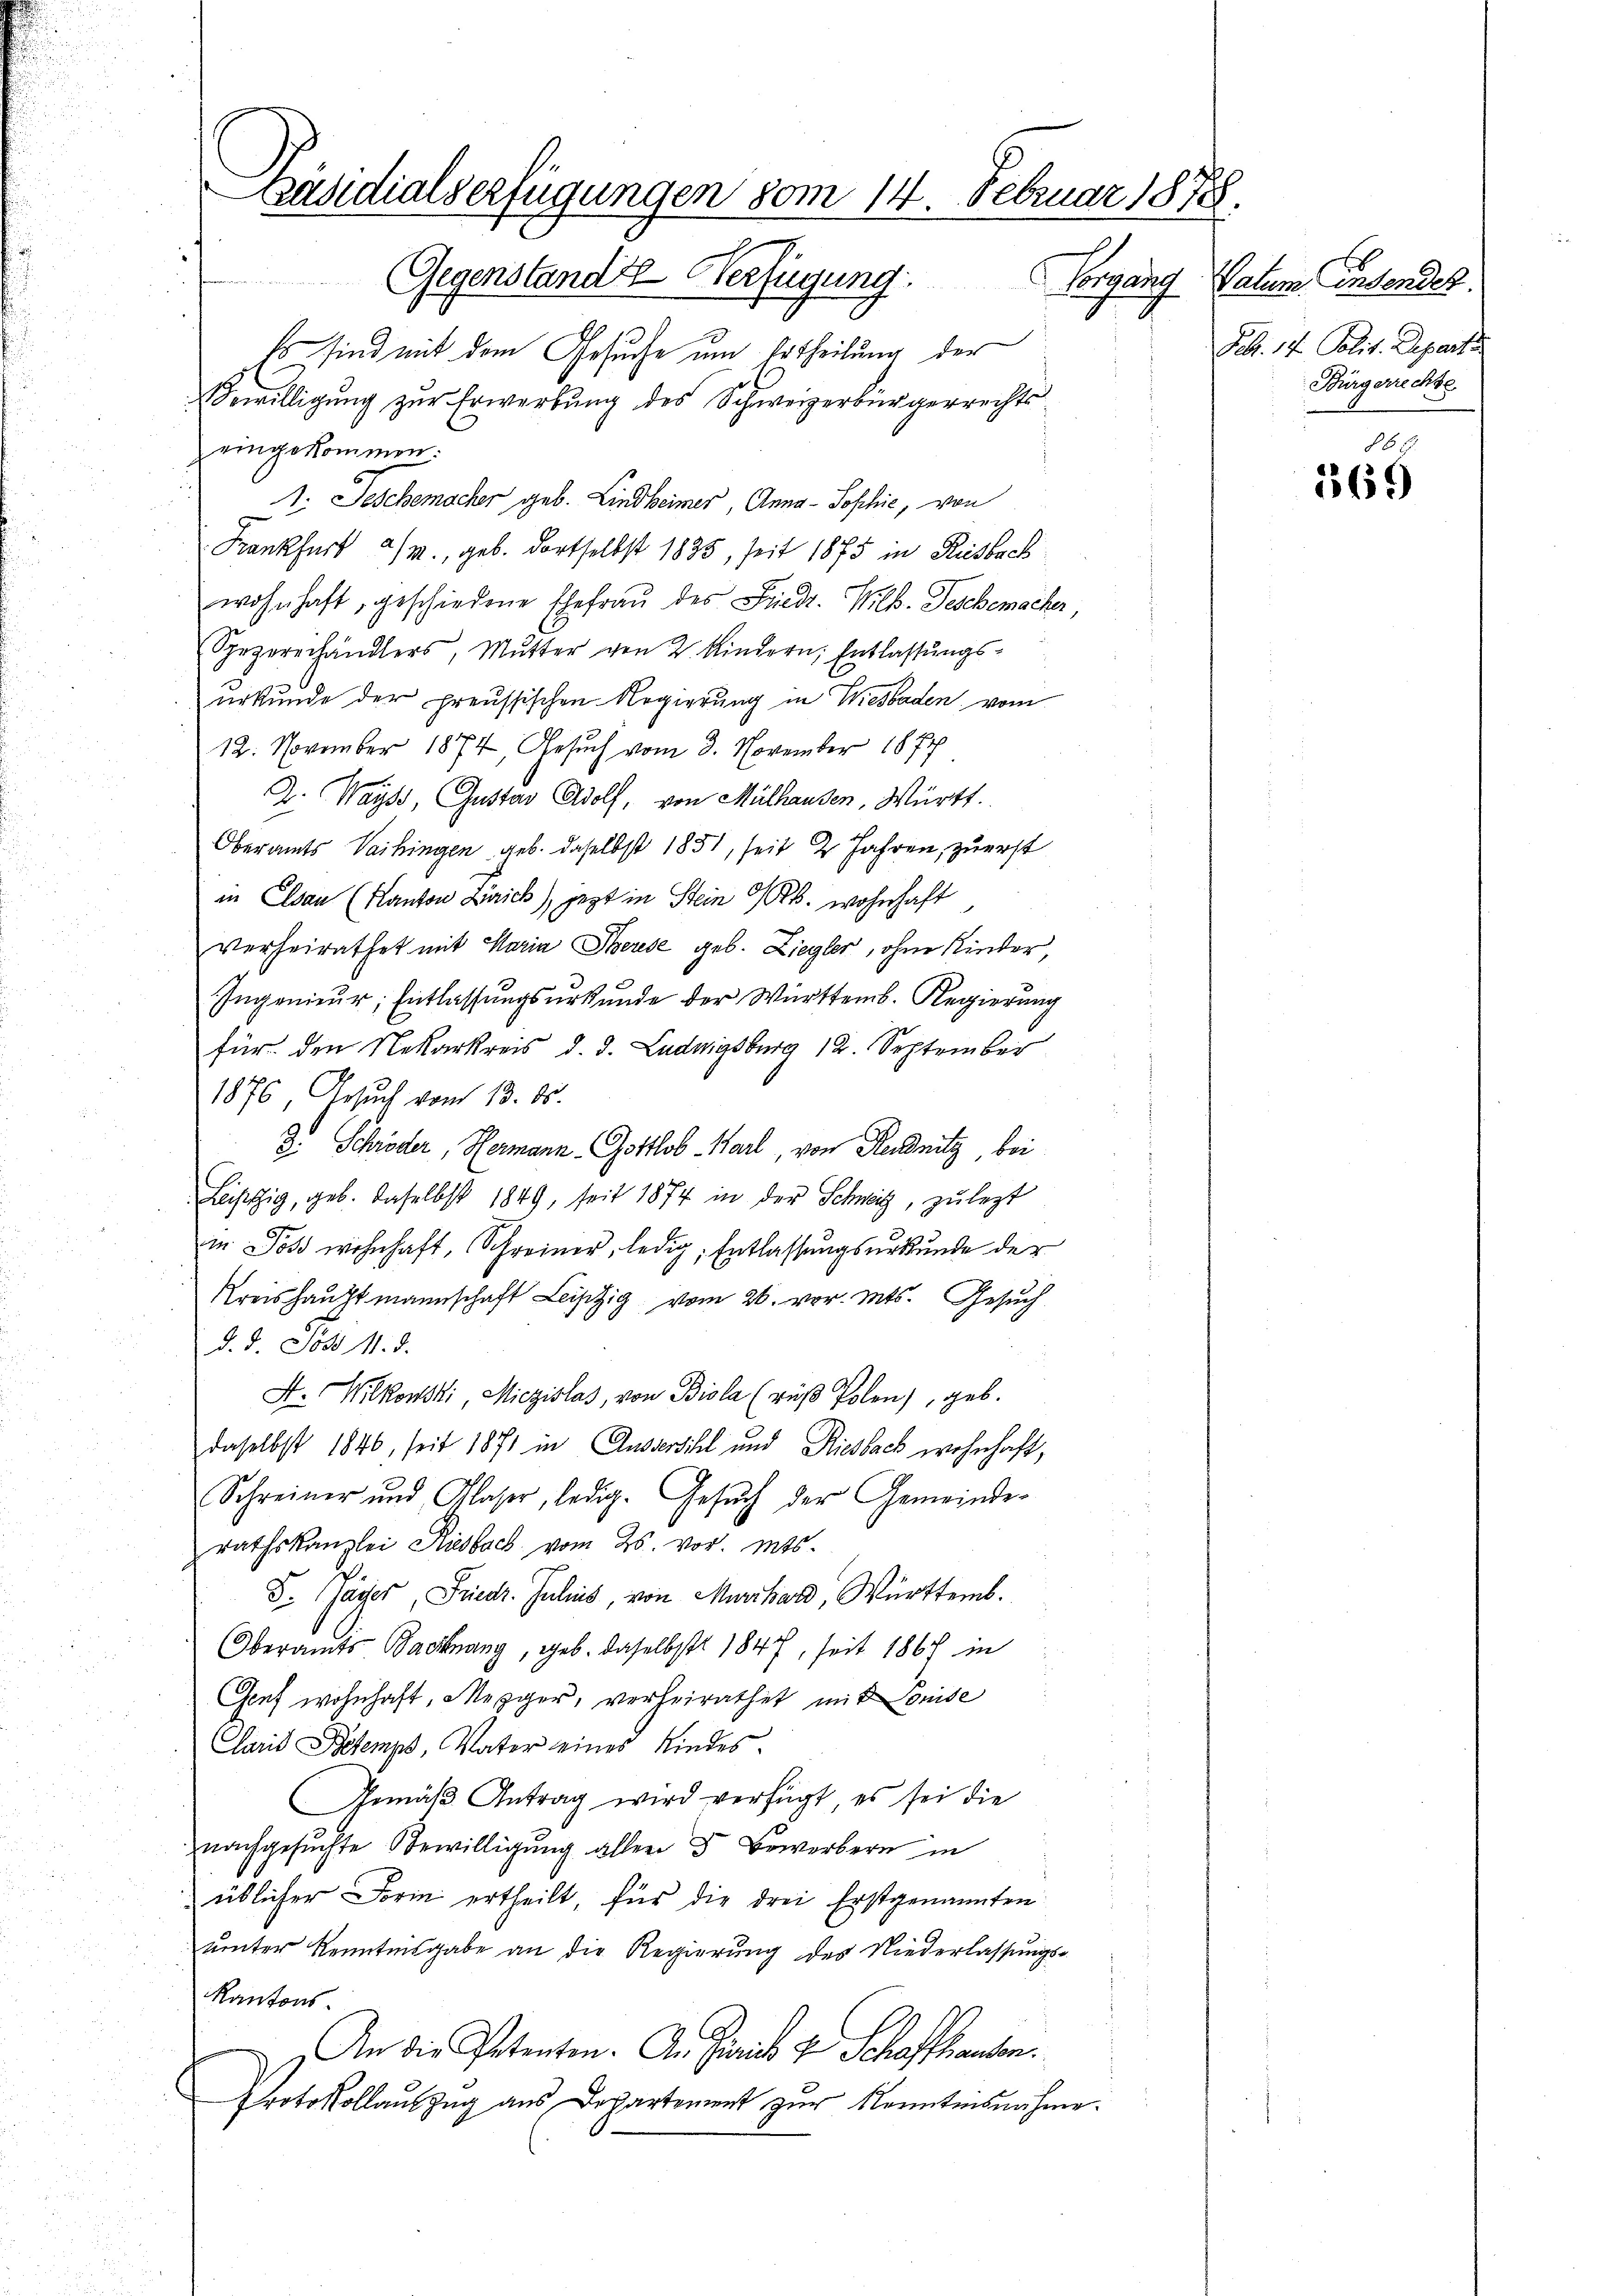
Päsidialserfügungen vom 14. Februar 1878
Gegenstandte Verfügung. Vorgang

Es sind mit dem Gesuche um Ertheilung der
Bewilligung zur Erwerbung des Schweizerbürgerrechtseingekommen:
1: Geschemacher geb. Lindheimer, Anna - Sophie, von
Krankfurt a/M., geb. dortselbst 1835, seit 1875 in Reisbach
wohnhaft geschiedene Ehefraŭ des Friedr. Wilb-Teschemacher
Spezererhändlers, Mŭtter von 2. Kindern, Entlassŭngs-
urkunde der preussischen Regierung in Wiesbaden vom
12. November 1874, Gesuch vom 3. November 1877
2. Wayss, Gustav Adolf, von Mülhausen, Württ.
Oberamts Vaihingen geb. daselbst 1851, seit 2 Jahren, zuerst
in Elsau (Kanton Zürich), jetzt in Stein RB. wohnhaft
verheirathet mit Maria Therese geb. Ziegler, ohne Kinder
Ingenieŭr Entlassŭngsŭrkŭnde der Württemb. Regierung
für den Nekarkreis d. d. Ludwigsburg 12. September
1876, Gesuch vom 13. ds.
D. Schröder, Hermann Gottlob Karl, von Renitz, bei
Leistig, geb. daselbst 1849, seit 1874 in der Schweiz, zulezt
in Jos wohnhaft, Schreiner, ledig, Entlassungsurkunde der
Kreishauptmannschaft Leipzig vom 26. vor. Mts. Gesuch
d. d. Jost 11. d.
S.Witkowski, Miczislas, von Biola (rŭβ Polen), geb.
daselbst 1846, seit 1871 in Aussersihl und Riesback wohnhaft,
Schreiner und Glaser, ledig. Gesŭch der Gemeinde-
rathskanzlei Riesbach vom 26. vor. Mts.
S. Gager, Friedr. Julius, von Murrhard, Württemb.
Oberamts Bahnang, geb. daselbst 1847, seit 1867 in
Genf wohnhaft, Mezger, verheirathet mit Louise
Clarii Betemps, Vater eines Kindes.
Gemäß Antrag wird verfügt, es sei die
nachgesuchte Bewilligung aller 3 Bewerbern in
üblicher Form ertheilt, für die drei Erstgenannten
unter Kenntnisgabe an die Regierung des Niederlassungs-
Kantons
An die Petenten. An Zürich u. Schaffhausen.
Protokollauszug aus Departement zur Kenntnisnahme.

Vatum intendet.
Febr. 17. Polit. Departe
Bürgerrechte

§ 69.
169